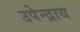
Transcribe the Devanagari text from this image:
उपेन्द्राय